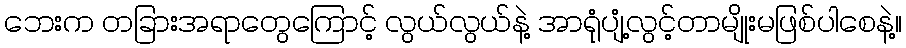
ဘေးက တခြားအရာတွေကြောင့် လွယ်လွယ်နဲ့ အာရုံပျံ့လွင့်တာမျိုးမဖြစ်ပါစေနဲ့။